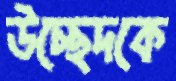
উচ্ছেদকে